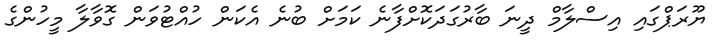
ޔޫރަޕްގައި އިސްލާމް ދީނަ ބާރުގަދަކޮށްފާނެ ކަމަށް ބުނެ އެކަން ހުއްޓުވަން ގޮވާލާ މީހުންގެ